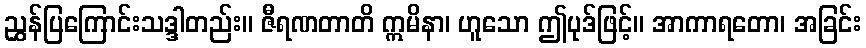
ညွှန်ပြကြောင်းသဒ္ဒါတည်း။ ဇီရဏတာတိ ဣမိနာ၊ ဟူသော ဤပုဒ်ဖြင့်။ အာကာရတော၊ အခြင်း